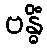
ဗန္ဓိံ